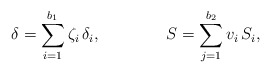
\begin{align*}\delta= \sum_{i=1}^{b_1} \zeta_i \, \delta_i , \qquad\qquad S=\sum_{j=1}^{b_2}v_i \,S_i,\end{align*}